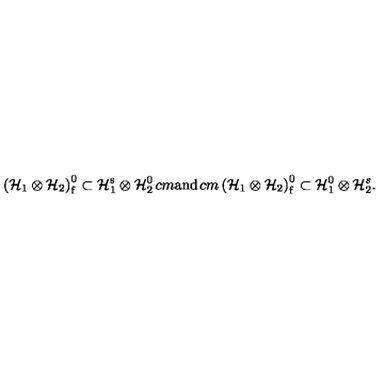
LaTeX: \left( { \cal H } _ { 1 } \otimes { \cal H } _ { 2 } \right) _ { \mathrm f } ^ { 0 } \subset { \cal H } _ { 1 } ^ { \mathrm { s } } \otimes { \cal H } _ { 2 } ^ { 0 } \hspace * { 1 c m } \mathrm { a n d } \hspace * { 1 c m } \left( { \cal H } _ { 1 } \otimes { \cal H } _ { 2 } \right) _ { \mathrm f } ^ { 0 } \subset { \cal H } _ { 1 } ^ { 0 } \otimes { \cal H } _ { 2 } ^ { s } .